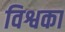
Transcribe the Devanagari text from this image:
विश्वका